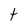
Character: t